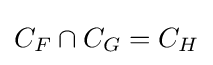
C_{F}\cap C_{G}=C_{H}